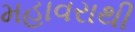
મહાવરાથી